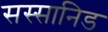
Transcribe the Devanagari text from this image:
सस्सानिड